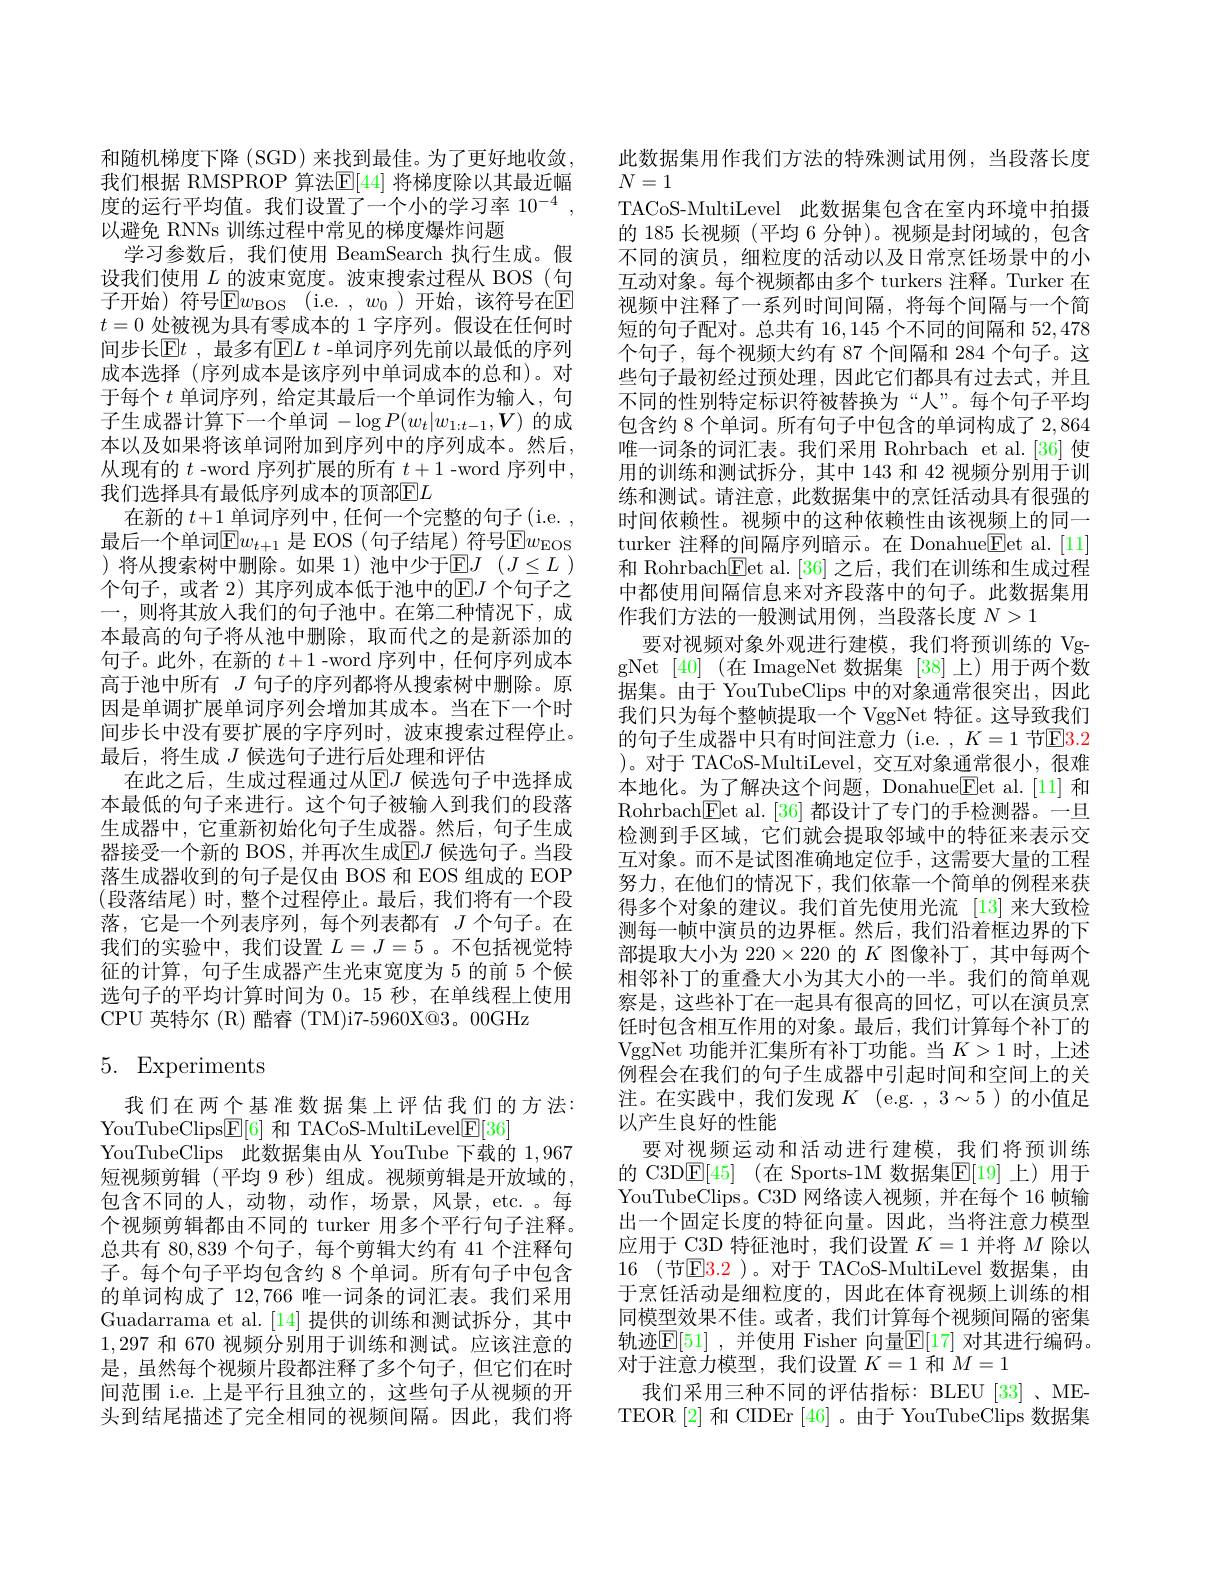
和随机梯度下降 (SGD) 来找到最佳。为了更好地收敛， 我们根据 RMSPROP 算法$\mathbb{E}[44]$ 将梯度除以其最近幅度的运行平均值。我们设置了一个小的学习率 10$^{-4}$ 以避免 RNNs 训练过程中常见的梯度爆炸问题
学习参数后，我们使用 BeamSearch 执行生成。假设我们使用$L$的波束宽度。波束搜索过程从 BOS (句子开始)符号$\operatorname { E} w_\mathrm{BOS}$ (i.e.$,w_0$)开始，该符号在$\operatorname{E}$ $t=0$处被视为具有零成本的 1 字序列。假设在任何时间步长$\mathbb{E}t$ ,最多有$\mathbb{E}L$ -单词序列先前以最低的序列成本选择 (序列成本是该序列中单词成本的总和)。对于每个$t$单词序列，给定其最后一个单词作为输入，句子生成器计算下一个单词$-\log P(w_t|w_{1:t-1},V)$的成本以及如果将该单词附加到序列中的序列成本。然后， 从现有的 $t$ -word 序列扩展的所有 $\underline{t}+1$ -word 序列中， 我们选择具有最低序列成本的顶部$\overline{\mathrm{E}}L$
在新的$t+1$单词序列中，任何一个完整的句子(i.e. , 最后一个单词$\mathbb{E}w_t+1$ 是 EOS (句子结尾)符号$\mathbb{E} w_\mathrm{EOS}$ )将从搜索树中删除。如果 1) 池中少于$\underline {\mathbb{E} }J$ $( J\leq L$ ) 个句子，或者 2) 其序列成本低于池中的$\operatorname{E}J$ 个句子之一，则将其放人我们的句子池中。在第二种情况下，成本最高的句子将从池中删除，取而代之的是新添加的句子。此外，在新的$t+1$ -word 序列中，任何序列成本高于池中所有$J$句子的序列都将从搜索树中删除。原因是单调扩展单词序列会增加其成本。当在下一个时间步长中没有要扩展的字序列时，波束搜索过程停止。最后，将生成$J$候选句子进行后处理和评估
在此之后，生成过程通过从$\mathbb{E}J$ 候选句子中选择成本最低的句子来进行。这个句子被输入到我们的段落生成器中，它重新初始化句子生成器。然后，句子生成器接受一个新的 BOS,并再次生成$\mathbb{E}J$ 候选句子。当段落生成器收到的句子是仅由 BOS 和 EOS 组成的 EOP (段落结尾)时，整个过程停止。最后，我们将有一个段落，它是一个列表序列，每个列表都有$J$个句子。在我们的实验中，我们设置$L=J=5$ 。不包括视觉特征的计算，句子生成器产生光束宽度为 5 的前 5 个候选句子的平均计算时间为 0。15 秒，在单线程上使用CPU 英特尔 (R) 酷睿 (TM)i7-5960X@3。00GHz

# 5. Experiments

我们在两个基准数据集上评估我们的方法：
YouTubeClips$\underline{\mathrm{E}}[6]$和 TACoS-MultiLevel$\underline{\mathrm{E}}[36]$
YouTubeClips 此数据集由从 YouTube 下载的1，967短视频剪辑(平均 9 秒) 组成。视频剪辑是开放域的， 包含不同的人，动物，动作，场景，风景，etc.。每个视频剪辑都由不同的 turker 用多个平行句子注释。总共有 80,839 个句子，每个剪辑大约有 41 个注释句子。每个句子平均包含约 8 个单词。所有句子中包含的单词构成了 12,766 唯一词条的词汇表。我们采用Guadarrama et al.[14] 提供的训练和测试拆分，其中1,297和 670 视频分别用于训练和测试。应该注意的是，虽然每个视频片段都注释了多个句子，但它们在时间范围 i.e. 上是平行且独立的，这些句子从视频的开头到结尾描述了完全相同的视频间隔。因此，我们将

此数据集用作我们方法的特殊测试用例，当段落长度
$N=1$
TACoS-MultiLevel 此数据集包含在室内环境中拍摄的 185 长视频 (平均 6 分钟)。视频是封闭域的，包含不同的演员，细粒度的活动以及日常烹饪场景中的小互动对象。每个视频都由多个 turkers 注释。Turker 在视频中注释了一系列时间间隔，将每个间隔与一个简短的句子配对。总共有 16,145 个不同的间隔和 52,478个句子，每个视频大约有 87 个间隔和 284 个句子。这些句子最初经过预处理，因此它们都具有过去式，并且不同的性别特定标识符被替换为“人”。每个句子平均包含约 8 个单词。所有句子中包含的单词构成了 2,864唯一词条的词汇表。我们采用 Rohrbach et al.[36] 使用的训练和测试拆分，其中 143 和 42 视频分别用于训练和测试。请注意，此数据集中的烹饪活动具有很强的时间依赖性。视频中的这种依赖性由该视频上的同一turker 注释的间隔序列暗示。在 Donahue$\underline{\mathrm{Fet~al.~[11]}}$ 和 Rohrbach$\underline{\mathrm{Fet~al.[36]}}$之后，我们在训练和生成过程中都使用间隔信息来对齐段落中的句子。此数据集用作我们方法的一般测试用例，当段落长度$N>1$
要对视频对象外观进行建模，我们将预训练的 VggNet [40] (在 ImageNet 数据集 [38]上)用于两个数据集。由于 YouTubeClips 中的对象通常很突出，因此我们只为每个整帧提取一个 VggNet 特征。这导致我们的句子生成器中只有时间注意力 (i.e. $,K=1$ 节$\boxed{\mathrm{E}}3.2$ )。对于 TACoS-MultiLevel, 交互对象通常很小，很难本地化。为了解决这个问题，Donahue$\underline{\mathrm{Eet~al.[11]}}$和Rohrbach$\boxed{\mathrm{Fet~al.~[36]}}$都设计了专门的手检测器。一旦检测到手区域，它们就会提取邻域中的特征来表示交互对象。而不是试图准确地定位手，这需要大量的工程努力，在他们的情况下，我们依靠一个简单的例程来获得多个对象的建议。我们首先使用光流 [13]来大致检测每一帧中演员的边界框。然后，我们沿着框边界的下部提取大小为$220\times220$的$K$图像补丁，其中每两个相邻补丁的重叠大小为其大小的一半。我们的简单观察是，这些补丁在一起具有很高的回忆，可以在演员烹饪时包含相互作用的对象。最后，我们计算每个补丁的VggNet 功能并汇集所有补丁功能。当$K>1$时，上述例程会在我们的句子生成器中引起时间和空间上的关注。在实践中，我们发现$K$(e.g.,3∼5)的小值足以产生良好的性能
要对视频运动和活动进行建模，我们将预训练的 C3DE[45] (在 Sports-1M 数据集$\overline {E}$[ 19] 上)用于YouTubeClips。C3D 网络读入视频，并在每个 16 帧输出一个固定长度的特征向量。因此，当将注意力模型应用于 C3D 特征池时，我们设置$K=1$并将$M$除以16 (节E$\color{red} 3. 2$ )。对于 TACoS-MultiLevel 数据集，由于烹饪活动是细粒度的，因此在体育视频上训练的相同模型效果不佳。或者，我们计算每个视频间隔的密集轨迹$\mathbb{E}[51]$ ,并使用 Fisher 向量$\mathbb{E}[17]$ 对其进行编码。对于注意力模型，我们设置$K=1$和$M=1$
我们采用三种不同的评估指标：BLEU[33]、METEOR [2] 和 CIDEr [46]。由于 YouTubeClips 数据集